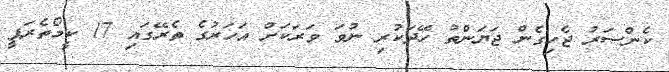
ކެންސަރު ޖެހިގެން ޖަޔަންތު ހޭދަކުރި ނުވަ ވަރަކަށް އަހަރުގެ ތެރޭގައި 17 ކީމޯތެރަޕީ